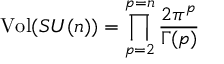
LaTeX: \mathrm { V o l } ( S U ( n ) ) = \prod _ { p = 2 } ^ { p = n } \frac { 2 \pi ^ { p } } { \Gamma ( p ) }